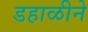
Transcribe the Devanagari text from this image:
डहाळीने